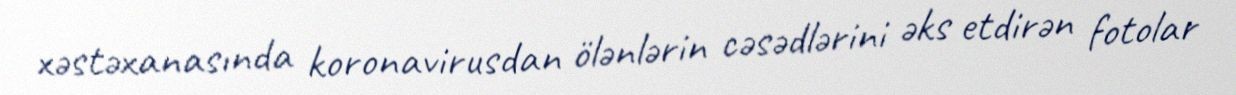
xəstəxanasında koronavirusdan ölənlərin cəsədlərini əks etdirən fotolar